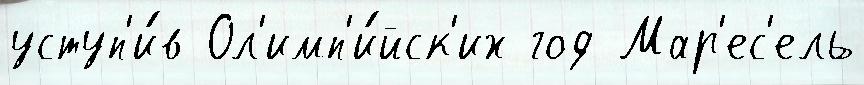
уступ'и́в Ол'имп'и́йск'их год Мар'ес'ель